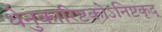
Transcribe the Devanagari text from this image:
धेनुकारिष्टकोऽनिष्टकृद्